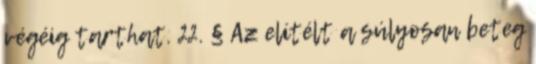
végéig tarthat. 22. § Az elítélt a súlyosan beteg